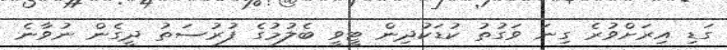
ގަޑި އިރަށްވުރެ ގިނަ ވަގުތު ކުޑަކުދިން ޓީވީ ބެލުމުގެ ފުރުސަތު ދީގެން ނުވާނެ